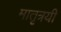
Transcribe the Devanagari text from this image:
मातृत्रयी